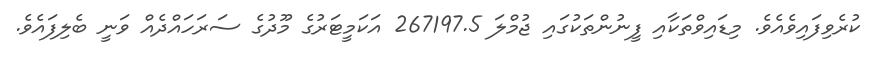
ކުރެވިފައިވެއެވެ. މިޑައިވްތަކާއި ފީނުންތަކުގައި ޖުމްލަ 267197.5 އަކަމީޓަރުގެ މޫދުގެ ސަރަހައްދެއް ވަނީ ބެލިފައެވެ.